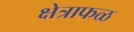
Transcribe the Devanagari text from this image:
क्षेत्राफळ